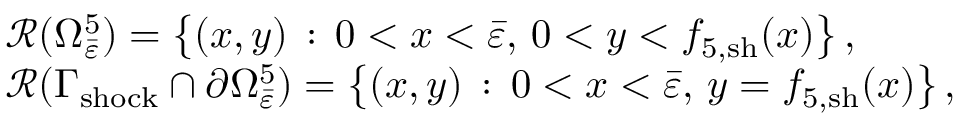
\begin{array} { r l } & { \mathcal { R } ( \Omega _ { \bar { \varepsilon } } ^ { 5 } ) = \big \{ ( x , y ) \, : \, 0 < x < \bar { \varepsilon } , \, 0 < y < { f } _ { 5 , \mathrm { s h } } ( x ) \big \} \, , } \\ & { \mathcal { R } ( \Gamma _ { \mathrm { s h o c k } } \cap \partial \Omega _ { \bar { \varepsilon } } ^ { 5 } ) = \big \{ ( x , y ) \, : \, 0 < x < \bar { \varepsilon } , \, y = { f } _ { 5 , \mathrm { s h } } ( x ) \big \} \, , } \end{array}